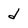
Character: d